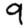
Digit: 9